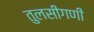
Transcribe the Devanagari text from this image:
तुलसीगणी